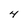
Character: 4